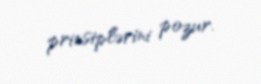
prinsiplərini pozur.